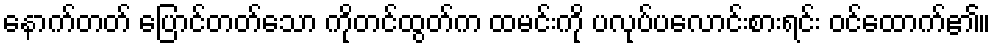
နောက်တတ် ပြောင်တတ်သော ကိုတင်ထွတ်က ထမင်းကို ပလုပ်ပလောင်းစားရင်း ဝင်ထောက်၏။